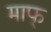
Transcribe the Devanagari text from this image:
माफ्